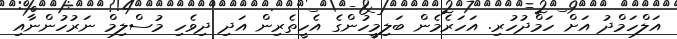
އަލްހަމްދު އަށް ހަމްދުހުރި. އަހަރެމެން ބަލިމީހުންގެ އެހީތެރިން އަދި ދިވެހި މުސްލިމް ނަރުހުންނާއި